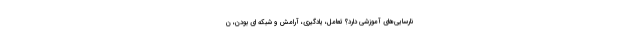
نارسایی‌­های آموزشی دارد؟ تعامل، یادگیری، آرامش و شبکه ای بودن، ن